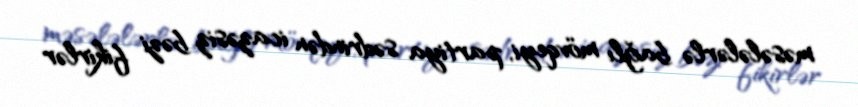
məsələlərlə bağlı mövqeyi, partiya sədrindən icazəsiz bəzi fikirlər